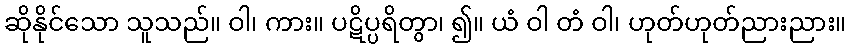
ဆိုနိုင်သော သူသည်။ ဝါ၊ ကား။ ပဋိပ္ပရိတွာ၊ ၍။ ယံ ဝါ တံ ဝါ၊ ဟုတ်ဟုတ်ညားညား။